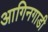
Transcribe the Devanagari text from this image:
आगिनगाडी